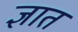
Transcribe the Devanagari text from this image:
ज्ञातं